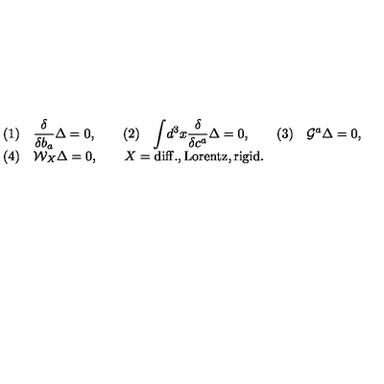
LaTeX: \begin{array} { l } { ( 1 ) \quad { \displaystyle { \frac { \delta } { \delta b _ { a } } } } \Delta = 0 , \qquad ( 2 ) \quad \displaystyle { \int } d ^ { 3 } x { \displaystyle { \frac { \delta } { \delta c ^ { a } } } } \Delta = 0 , \qquad ( 3 ) \quad { \cal G } ^ { a } \Delta = 0 , } \\ { ( 4 ) \quad { \cal W } _ { X } \Delta = 0 , \qquad X = \mathrm { d i f f . , L o r e n t z , r i g i d } . } \\ \end{array}